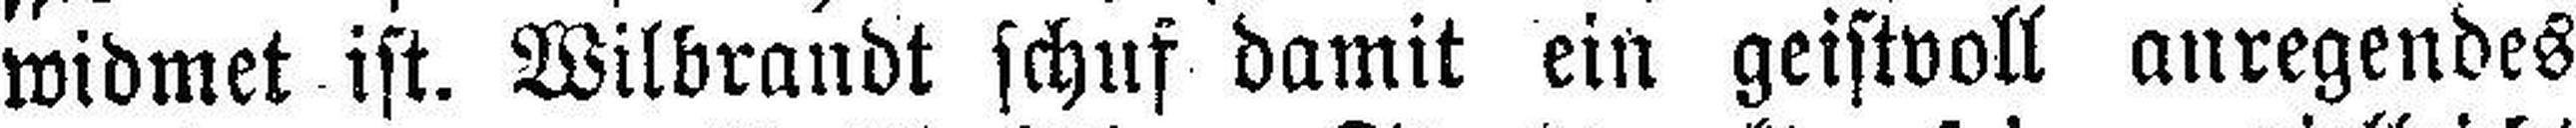
widmet ist. Wilbrandt schuf damit ein geistvoll anregendes